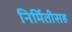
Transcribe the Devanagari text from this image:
निर्मितीसह